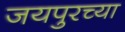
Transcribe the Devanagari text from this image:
जयपुरच्या